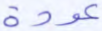
عودة